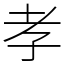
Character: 孝